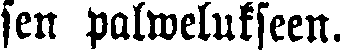
sen palwelukseen.